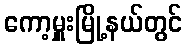
ကော့မှူးမြို့နယ်တွင်